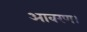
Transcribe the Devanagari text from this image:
आवरण।